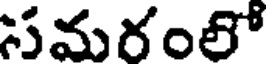
సమరంలో